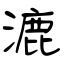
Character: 漉